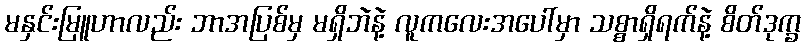
မနှင်းမြူဟာလည်း ဘာအပြစ်မှ မရှိဘဲနဲ့ လူကလေးအပေါ်မှာ သစ္စာရှိရက်နဲ့ စိတ်ဒုက္ခ